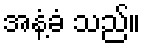
အနံ့ခံ သည်။